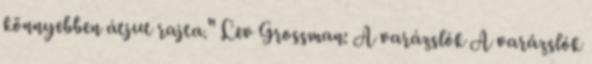
könnyebben átjut rajta." Lev Grossman: A varázslók A varázslók